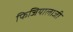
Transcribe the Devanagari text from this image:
फिजियालाजी